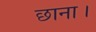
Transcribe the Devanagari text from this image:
छाना।